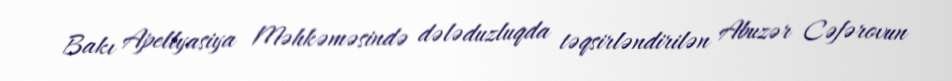
Bakı Apellyasiya Məhkəməsində dələduzluqda təqsirləndirilən Abuzər Cəfərovun